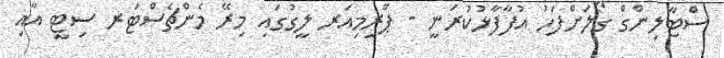
ސްޓާލިންގް ގޯލަށްފަހު އުފާފާޅުކުރަނީ - ޕްރިމިއަރ ލީގުގައި މިރޭ މެންޗެސްޓަރ ސިޓީ އާއި